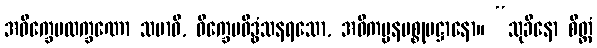
အဝိက္ခေပလက္ခဏော သမာဓိ, ဝိက္ခေပဝိဒ္ဓံသနရသော, အဝိကမ္ပနပစ္စုပဋ္ဌာနော။ “သုခိနော စိတ္တံ